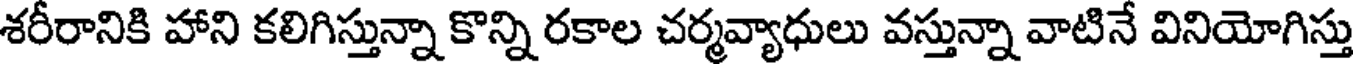
శరీరానికి హాని కలిగిస్తున్నా కొన్ని రకాల చర్మవ్యాధులు వస్తున్నా వాటినే వినియోగిస్తు